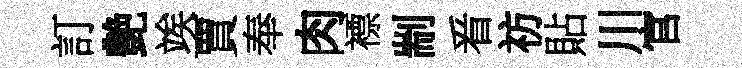
訂艶竢賈奉肉褾剬㸔祊貼川官